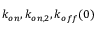
k _ { o n } , k _ { o n , 2 } , k _ { o f f } ( 0 )